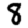
Digit: 8